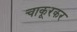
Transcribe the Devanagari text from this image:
चाकूरकर